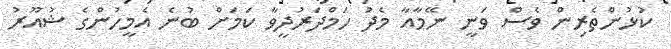
ކުޅުންތެރިން ވެސް ވަނީ ނޭމާއާ މެދު ހަމްދަރުދީވާ ކަމަށް ބުނެ އެމީހުންގެ ޝުއޫރު